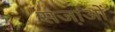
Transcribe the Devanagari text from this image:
सजा़ओं